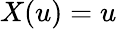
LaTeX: X(u)=u